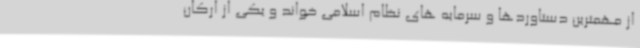
از مهمترین دستاوردها و سرمایه های نظام اسلامی خواند و یکی از ارکان